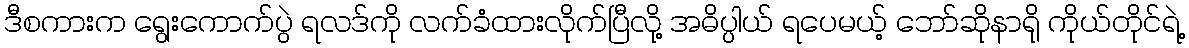
ဒီစကားက ရွေးကောက်ပွဲ ရလဒ်ကို လက်ခံထားလိုက်ပြီလို့ အဓိပ္ပါယ် ရပေမယ့် ဘော်ဆိုနာရို ကိုယ်တိုင်ရဲ့